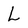
Character: L